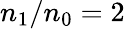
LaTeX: n_{\mathrm{1}}/n_{\mathrm{0}}=2